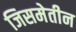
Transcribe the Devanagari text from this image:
जिसमेतीन